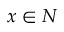
x \in N